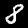
Digit: 8